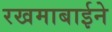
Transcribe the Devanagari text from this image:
रखमाबाईने